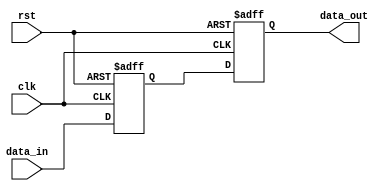
module reset_condition (
    input wire clk,          // Clock signal
    input wire rst,          // Reset signal (active high)
    input wire [7:0] data_in, // Example input data
    output reg [7:0] data_out // Example output data
);

// Internal state variable
reg [7:0] internal_state;

// Synchronous reset logic
always @(posedge clk or posedge rst) begin
    if (rst) begin
        // Reset condition activated
        internal_state <= 8'b0; // Initialize internal state to zero
        data_out <= 8'b0;        // Initialize output to zero
    end else begin
        // Normal operation logic
        internal_state <= data_in; // Example operation: pass input to internal state
        data_out <= internal_state; // Example operation: pass internal state to output
    end
end

endmodule